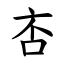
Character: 㕻